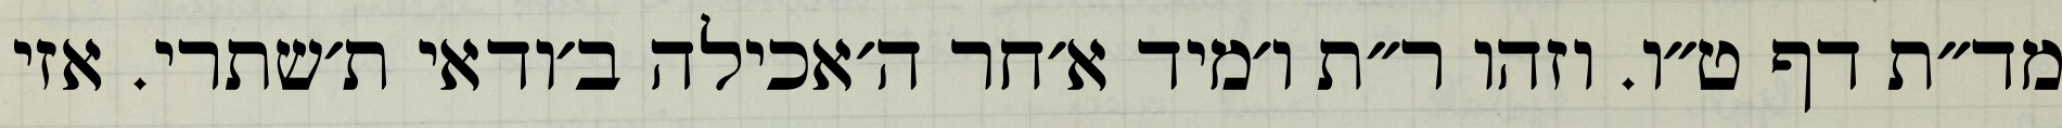
מד״ת דף ט״ו. וזהו ר״ת ו׳מיד א׳חר ה׳אכילה ב׳ודאי ת׳שתרי. אזי